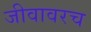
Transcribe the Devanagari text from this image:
जीवावरच